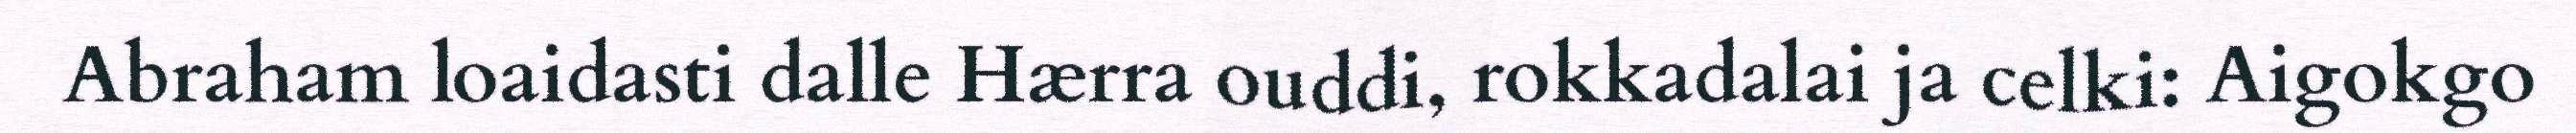
Abraham loaidasti dalle Hærra ouddi, rokkadalai ja celki: Aigokgo